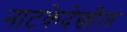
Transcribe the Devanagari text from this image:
नाटकेदेखील